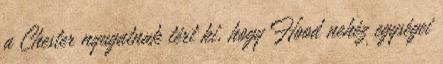
a Chester nyugatnak tért ki, hogy Hood nehéz egységei